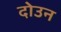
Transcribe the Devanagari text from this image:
दोउन